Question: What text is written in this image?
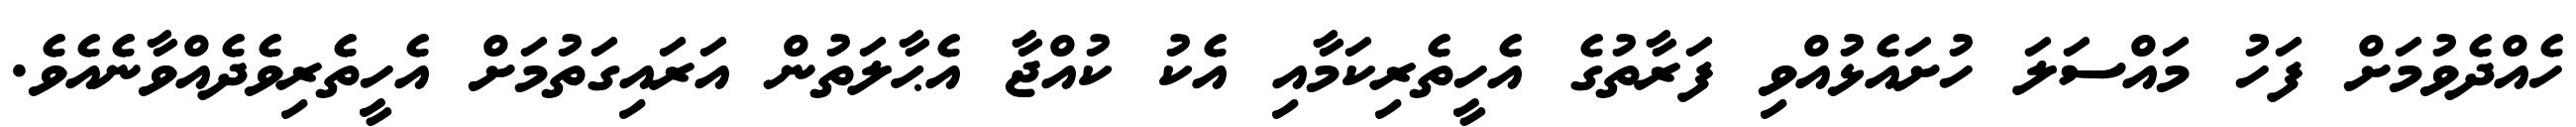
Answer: ހެއްދެވުމަށް ފަހު މައްސަލަ ހުށައެޅުއްވި ފަރާތުގެ އެހީތެރިކަމާއި އެކު ކުއްޖާ އެޙާލަތުން އަރައިގަތުމަށް އެހީތެރިވެދެއްވާނެއެވެ.